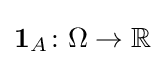
\mathbf {1} _{A}\colon \Omega \rightarrow \mathbb {R}